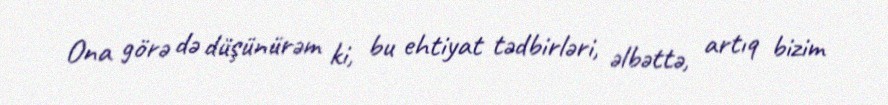
Ona görə də düşünürəm ki, bu ehtiyat tədbirləri, əlbəttə, artıq bizim